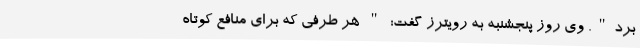
برد". وی روز پنجشنبه به رویترز گفت: " هر طرفی که برای منافع کوتاه